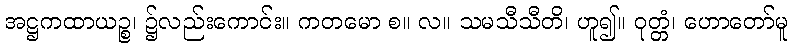
အဋ္ဌကထာယဉ္စ၊ ၌လည်းကောင်း။ ကတမော စ။ လ။ သမသီသီတိ၊ ဟူ၍။ ဝုတ္တံ၊ ဟောတော်မူ